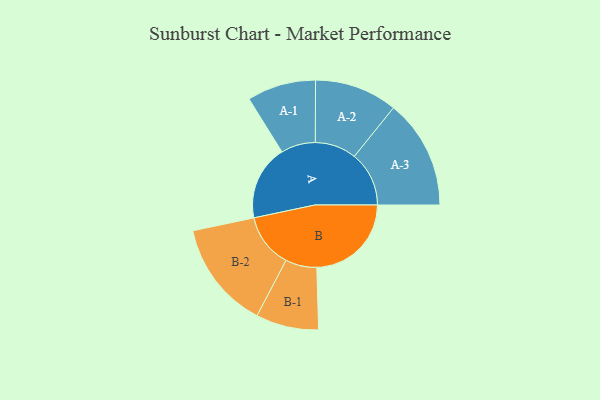
{"axis": {"x": "Segment", "y": "Value"}, "legend": ["", "A", "B"], "data": [{"x": "A", "y": 344, "type": ""}, {"x": "B", "y": 434, "type": ""}, {"x": "A-1", "y": 158, "type": "A"}, {"x": "A-2", "y": 190, "type": "A"}, {"x": "A-3", "y": 251, "type": "A"}, {"x": "B-1", "y": 144, "type": "B"}, {"x": "B-2", "y": 248, "type": "B"}]}